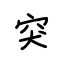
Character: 突